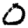
Digit: 0